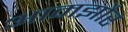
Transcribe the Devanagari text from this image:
आमझौर